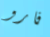
فارو